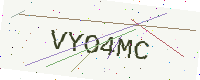
Text: VYO4MC